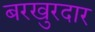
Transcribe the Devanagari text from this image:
बरखुरदार